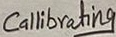
Text: Callibrating